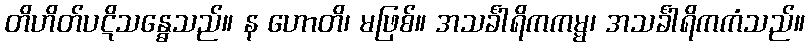
တိဟိတ်ပဋိသန္ဓေသည်။ န ဟောတိ၊ မဖြစ်။ အသင်္ခါရိကကမ္မ၊ အသင်္ခါရိကကံသည်။